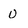
Character: O